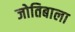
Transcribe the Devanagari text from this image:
जोतिबाला